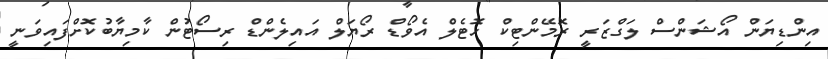
އިންޑިޔަން އޯޝަންސް ލަގްޒަރީ ރޮމޭންޓިކް ހޮޓެލް އެވޯޑް ރޯޔަލް އައިލެންޑް ރިސޯޓުން ކާމިޔާބުކޮށްފައިވަނީ